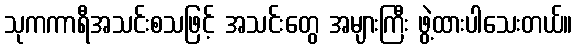
သုကကာရီအသင်းစသဖြင့် အသင်းတွေ အများကြီး ဖွဲ့ထားပါသေးတယ်။